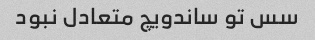
سس تو ساندویچ متعادل نبود